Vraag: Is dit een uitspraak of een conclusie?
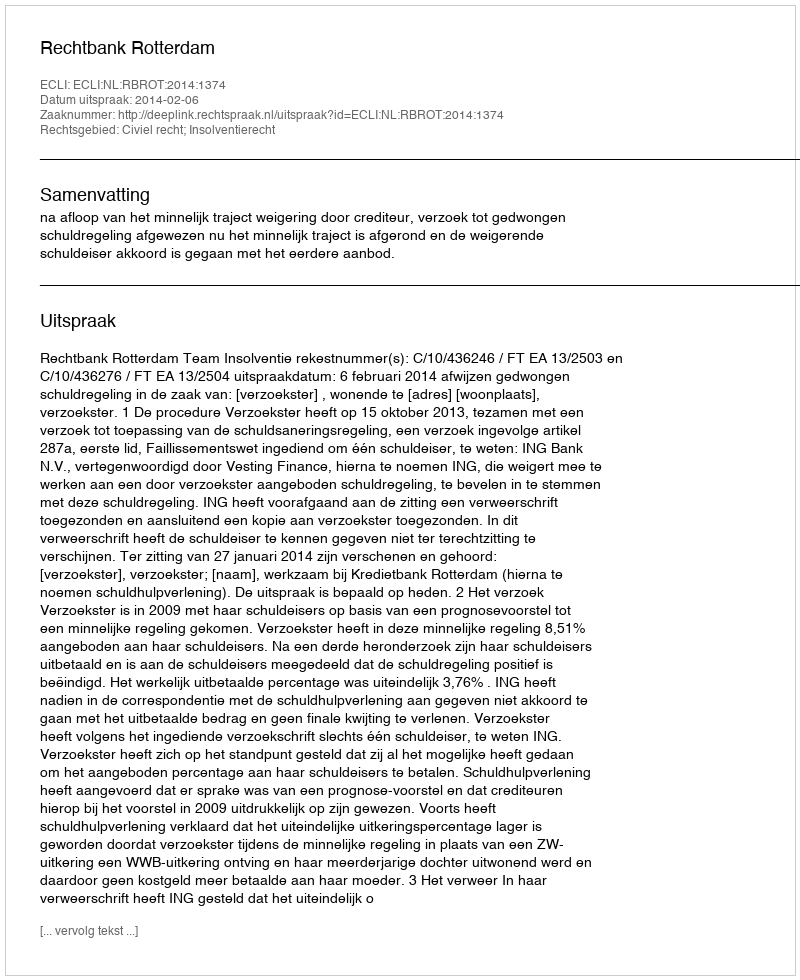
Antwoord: Uitspraak